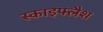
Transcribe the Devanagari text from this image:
स्काइफ्लैश